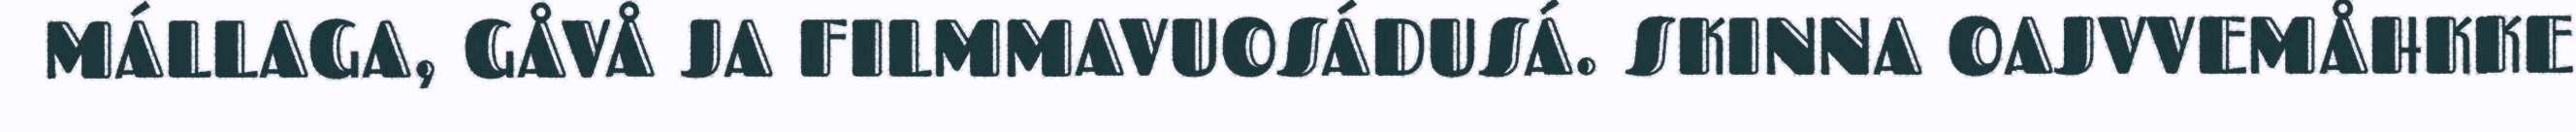
MÁLLAGA, GÅVÅ JA FILMMAVUOSÁDUSÁ. SKINNA OAJVVEMÅHKKE